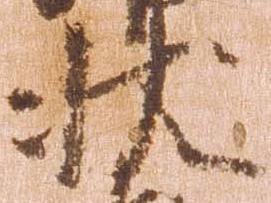
状